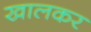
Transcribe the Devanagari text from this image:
खालकर